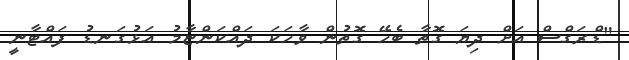
"ޑްރަގްސް އަށް ދިޔަ ގޮތާ ބެހޭ ގޮތުން ވާހަކަ ދައްކަންޏާމު އަޅުގަނޑު ފައްޓާނީ